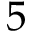
5